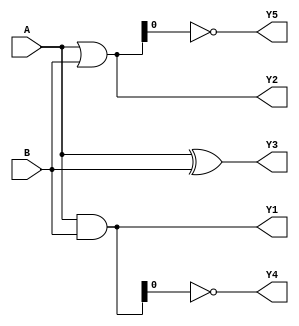
module combinational_logic_block (
    input wire [3:0] A,      // 4-bit input A
    input wire [3:0] B,      // 4-bit input B
    output wire [3:0] Y1,    // Output for AND operation
    output wire [3:0] Y2,    // Output for OR operation
    output wire [3:0] Y3,    // Output for XOR operation
    output wire Y4,          // Output for NAND operation
    output wire Y5           // Output for NOR operation
);

// Internal signals
wire [3:0] and_out;
wire [3:0] or_out;
wire [3:0] xor_out;
wire nand_out;
wire nor_out;

// AND operation
assign and_out = A & B;
assign Y1 = and_out;

// OR operation
assign or_out = A | B;
assign Y2 = or_out;

// XOR operation
assign xor_out = A ^ B;
assign Y3 = xor_out;

// NAND operation
assign nand_out = ~(A & B);
assign Y4 = nand_out;

// NOR operation
assign nor_out = ~(A | B);
assign Y5 = nor_out;

endmodule